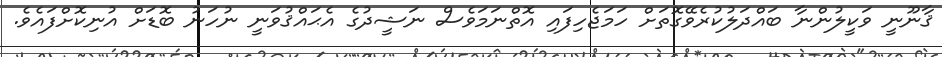
ޤާނޫނީ ވަކީލުންނާ ބައްދަލުކުރެވޭގޮތަށް ހަމަޖެހިފައި އޮތްނަމަވެސް ނަޝީދުގެ އެޙައްޤުވަނީ ނުހަނު ބޮޑަށް އުނިކޮށްފައެވެ.